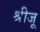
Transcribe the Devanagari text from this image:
श्रीजू